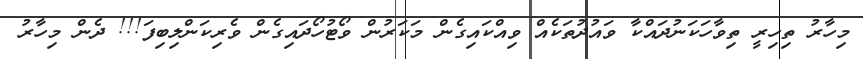
މިހާރު ތިހިރީ ތިވާހަކަނުދައްކާ ވައުދުތަކެއް ވިއްކައިގެން މަކަރުން ވޯޓުހޯދައިގެން ވެރިކަންލިބިފަ!!! ދެން މިހާރު